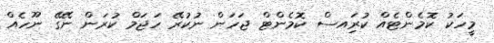
މީހަކު ކޮމެންޓެއް ކުރިައސް ކޮމެންޓް ޖަހަން ނުކުރޭ ހަޖަމް ކުރަން ނޭގޭ ނޫހެއް